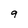
Character: 9